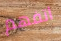
اتفهم